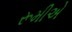
રૂમીએ